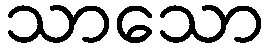
သာသော